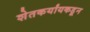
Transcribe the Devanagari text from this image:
शेतकर्यांयकडून